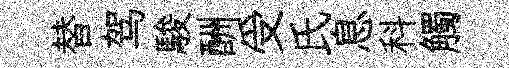
替驾駿酬受氏息科觸